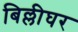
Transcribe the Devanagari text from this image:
बिल्लीघर